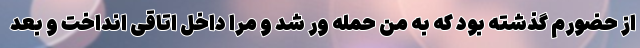
از حضورم گذشته بود که به من حمله ور شد و مرا داخل اتاقی انداخت و بعد